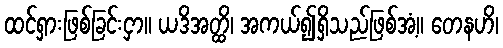
ထင်ရှားဖြစ်ခြင်းငှာ။ ယဒိအတ္ထိ၊ အကယ်၍ရှိသည်ဖြစ်အံ့။ တေနဟိ၊